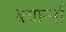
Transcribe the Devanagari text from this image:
बयार्न्स